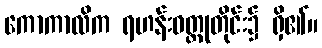
ကောကာလိက ရဟန်းဝတ္ထုတိုင်း၌ ရှိ၏။